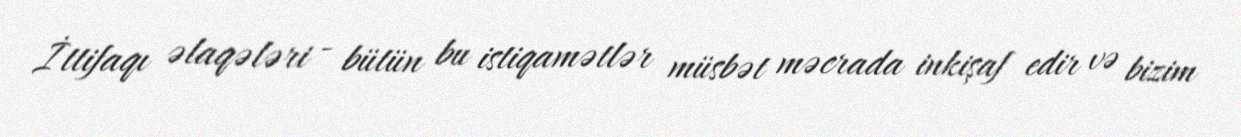
İttifaqı əlaqələri - bütün bu istiqamətlər müsbət məcrada inkişaf edir və bizim